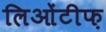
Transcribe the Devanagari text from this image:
लिओंटीफ़